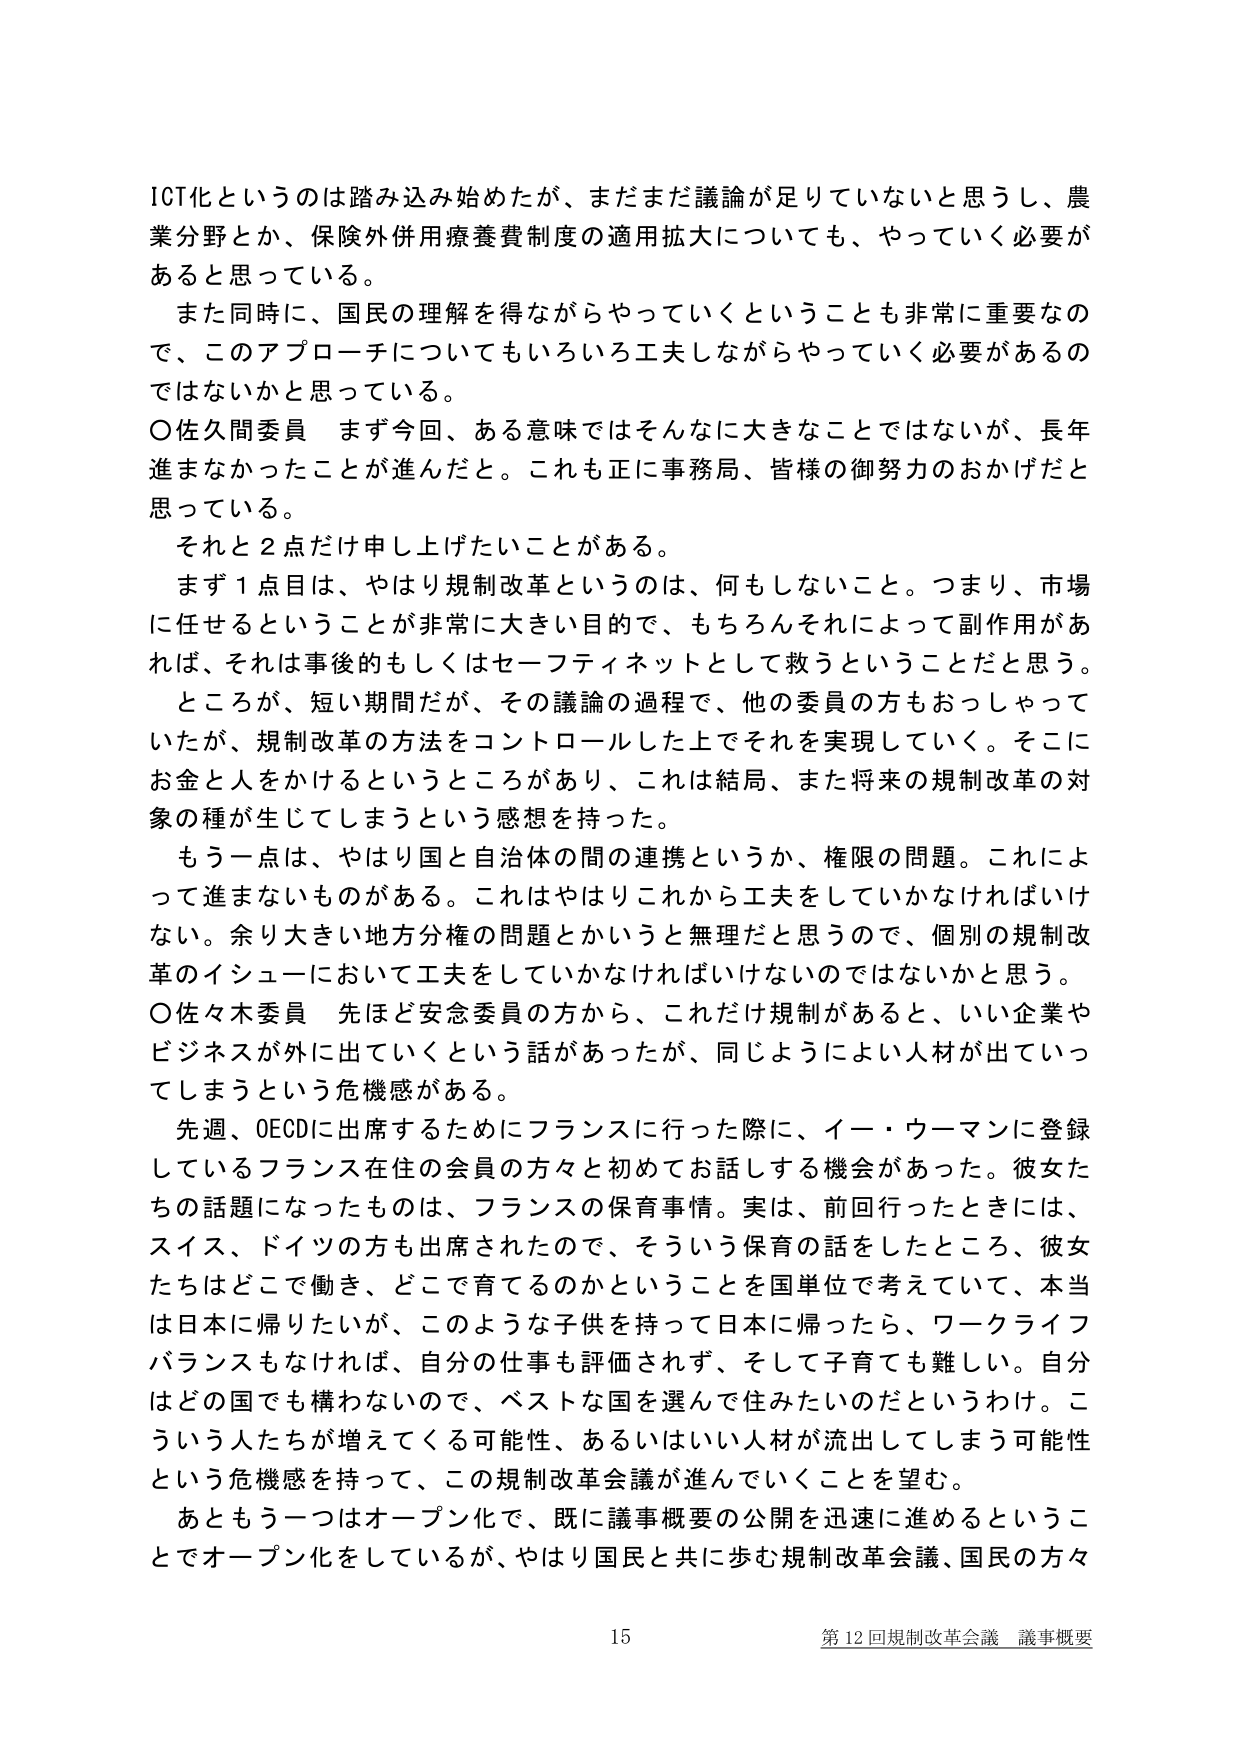
ICT化というのは踏み込み始めたが、まだまだ議論が足りていないと思うし、農業分野とか、保険外併用療養費制度の適用拡大についても、やっていく必要があると思っている。

また同時に、国民の理解を得ながらやっていくということも非常に重要なので、このアプローチについてもいろいろ工夫しながらやっていく必要があるのではないかと思っている。

〇佐久間委員　まず今回、ある意味ではそんなに大きなことではないが、長年進まなかったことが進んだと。これも正に事務局、皆様の御努力のおかげだと思っている。

それと２点だけ申し上げたいことがある。

まず１点目は、やはり規制改革というのは、何もしないこと。つまり、市場に任せるということが非常に大きい目的で、もちろんそれによって副作用があれば、それは事後的もしくはセーフティネットとして救うということだと思う。

ところが、短い期間だが、その議論の過程で、他の委員の方もおっしゃっていたが、規制改革の方法をコントロールした上でそれを実現していく。そこにお金と人をかけるというところがあり、これは結局、また将来の規制改革の対象の種が生じてしまうという感想を持った。

もう一点は、やはり国と自治体の間の連携というか、権限の問題。これによって進まないものがある。これはやはりこれから工夫をしていかなければならない。余り大きい地方分権の問題とかいうと無理だと思うので、個別の規制改革のイシューにおいて工夫をしていかなければならないのではないかと思う。

〇佐々木委員　先ほど安念委員の方から、これだけ規制があると、いい企業やビジネスが外に出ていくという話があったが、同じようによい人材が出ていってしまうという危機感がある。

先週、OECDに出席するためにフランスに行った際に、イー・ウーマンに登録しているフランス在住の会員の方々と初めてお話をする機会があった。彼女たちの話題になったものは、フランスの保育事情。実は、前回行ったときには、スイス、ドイツの方も出席されたので、そういう保育の話をしたところ、彼女たちはどこで働き、どこで育てるのかということを国単位で考えていて、本当は日本に帰りたいが、このような子供を持って日本に帰ったら、ワークライフバランスもなければ、自分の仕事も評価されず、そして子育ても難しい。自分はどの国でも構わないのでも、ベストな国を選んで住みたいのだというわけ。こういう人たちが増えてくる可能性、あるいはいい人材が流出してしまう可能性という危機感を持って、この規制改革会議が進んでいくことを望む。

あともう一つはオープン化で、既に議事概要の公開を迅速に進めるということでオープン化をしているが、やはり国民と共に歩む規制改革会議、国民の方々

15 第12回規制改革会議 議事概要